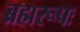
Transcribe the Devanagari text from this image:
ब्रह्मरूपः